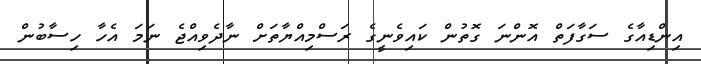
އިންޑިއާގެ ސަގާފަތް އޮންނަ ގޮތުން ކައިވެނީގެ ރަސްމިއްޔާތަށް ނާދެވިއްޖެ ނަމަ އެހާ ހިސާބުން